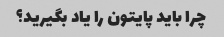
چرا باید پایتون را یاد بگیرید؟